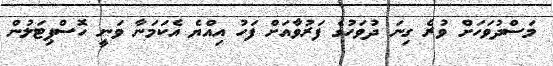
މަސްދުވަހަށް ވުރެ ގިނަ ދުވަހުގެ ފަރުވާއަށް ފަހު އިއްޔެ އެކަމަނާ ވަނީ ހޮސްޕިޓަލުން